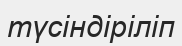
түсіндіріліп